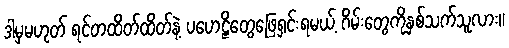
ဒါမှမဟုတ် ရင်တထိတ်ထိတ်နဲ့ ပဟေဠိတွေဖြေရှင်းရမယ့် ဂိမ်းတွေကိုနှစ်သက်သူလား။